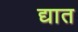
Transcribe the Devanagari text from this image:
द्यात